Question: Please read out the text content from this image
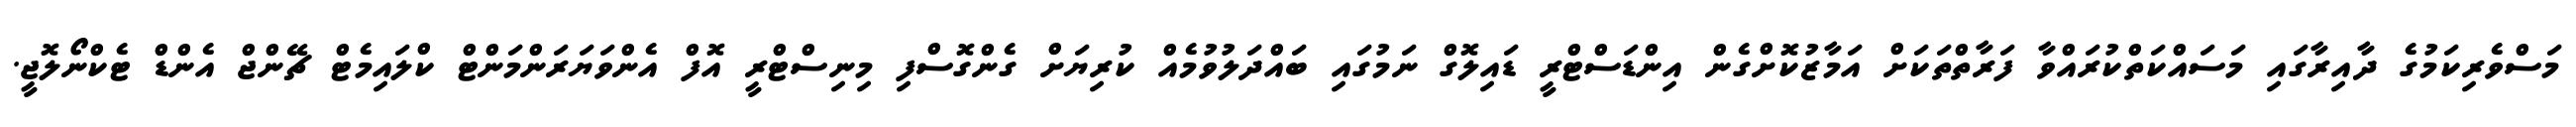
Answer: މަސްވެރިކަމުގެ ދާއިރާގައި މަސައްކަތްކުރައްވާ ފަރާތްތަކަށް އަމާޒުކޮށްގެން އިންޑަސްޓްރީ ޑައިލޮގް ނަމުގައި ބައްދަލުވުމެއް ކުރިޔަށް ގެންގޮސްފި މިނިސްޓްރީ އޮފް އެންވަޔަރަންމަންޓް ކްލައިމެޓް ޗޭންޖް އެންޑް ޓެކްނޯލޮޖީ.